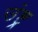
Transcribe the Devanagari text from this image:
उंष्ट्र